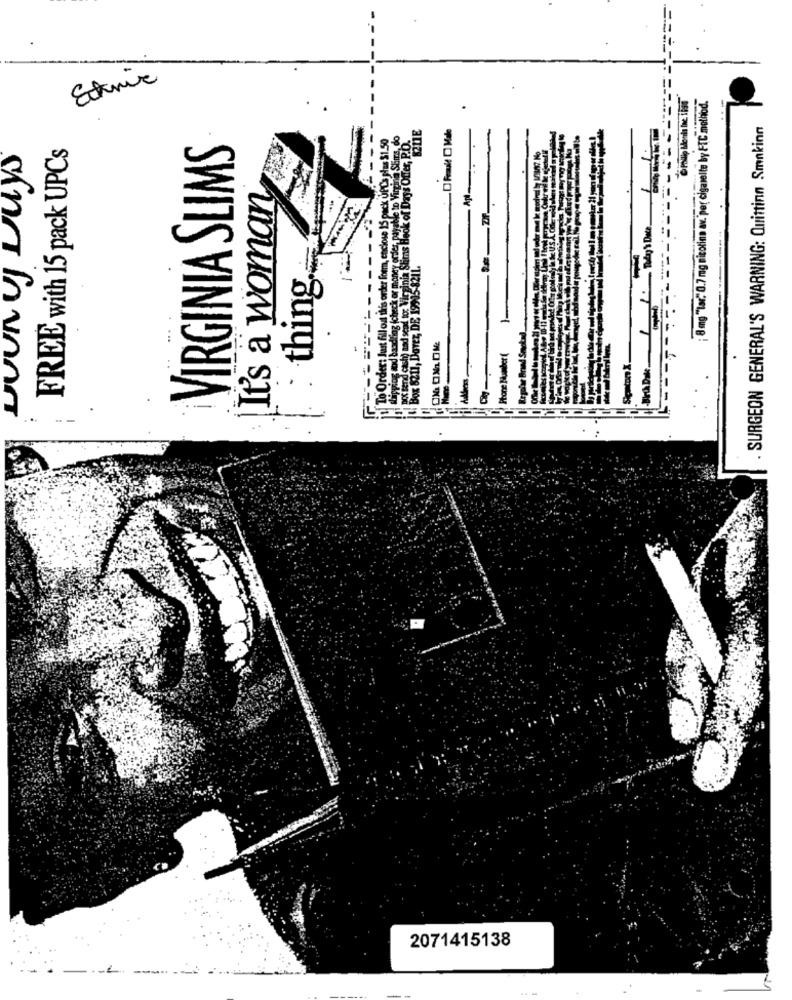
Etnic
¡ 8mg "Lar. 0.7 mg nicotina av. per cigarelle by FTC method.
.
SURGEON GENERAL'S WARNING: Quittinn Smakinn
Hus $1.50
s. do
FREE with 15 pack UPC's
VIRGINIA SLIMS
It's a woman
: thing.
8211, Davez, DE 199
1-
rad Santad
To Order: !
Phone Number (
SiçatonX.
Brå Dak
--
2071415138